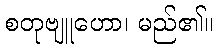
စတုဗျူဟော၊ မည်၏။